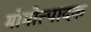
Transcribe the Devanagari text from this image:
मोमोत्पादक